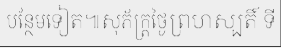
បន្ថែមទៀត៕សុភ័ក្ត្រថ្ងៃព្រហស្បតិ៍ ទី